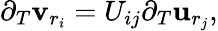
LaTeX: \partial_{T}\mathbf{v}_{r_{i}}=U_{ij}\partial_{T}\mathbf{u}_{r_{j}},